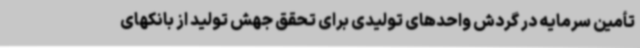
تأمین سرمایه در گردش واحدهای تولیدی برای تحقق جهش تولید از بانکهای